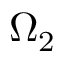
\Omega _ { 2 }